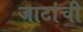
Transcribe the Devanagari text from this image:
जाटांची